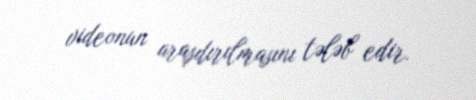
videonun araşdırılmasını tələb edir.